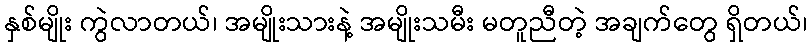
နှစ်မျိုး ကွဲလာတယ်၊ အမျိုးသားနဲ့ အမျိုးသမီး မတူညီတဲ့ အချက်တွေ ရှိတယ်၊